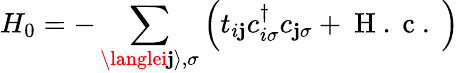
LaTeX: H_{0}=-\sum_{\langlei\mathbf{j}\rangle,\sigma}\left(t_{i\mathbf{j}}c_{i\sigma}^{\dagger}c_{\mathbf{j}\sigma}+\mathrm{{~H~.~c~.~}}\right)